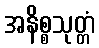
အနိစ္စသုတ္တံ